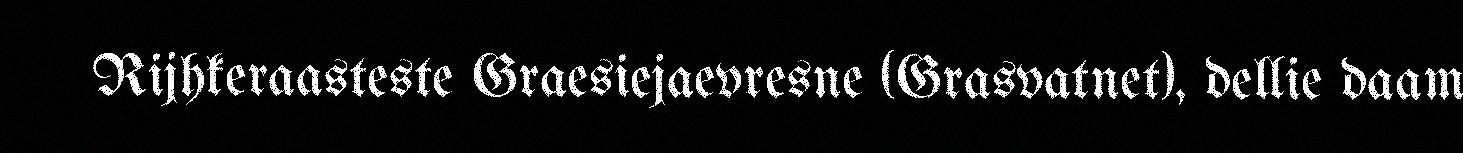
Rijhkeraasteste Graesiejaevresne (Grasvatnet), dellie daam